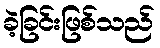
ခဲ့ခြင်းဖြစ်သည်